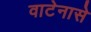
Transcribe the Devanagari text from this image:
वाटेनासे